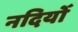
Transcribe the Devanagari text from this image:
नदियोँ